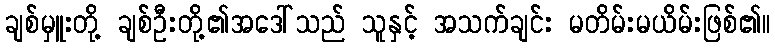
ချစ်မှူးတို့ ချစ်ဦးတို့၏အဒေါ်သည် သူနှင့် အသက်ချင်း မတိမ်းမယိမ်းဖြစ်၏။